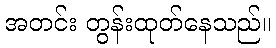
အတင်း တွန်းထုတ်နေသည်။